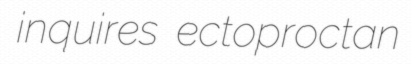
inquires ectoproctan